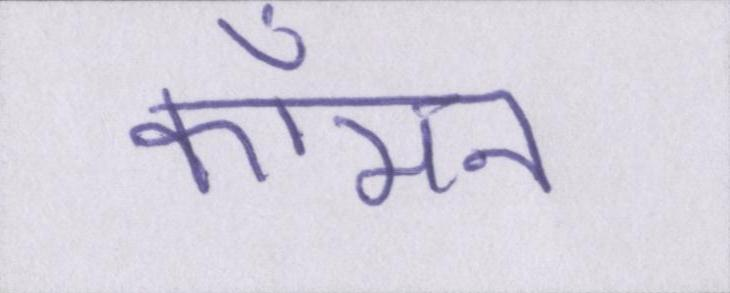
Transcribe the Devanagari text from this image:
कॉमन